Lunatic asylums Burma 1907-21 - 1907-1921
Year: 1907
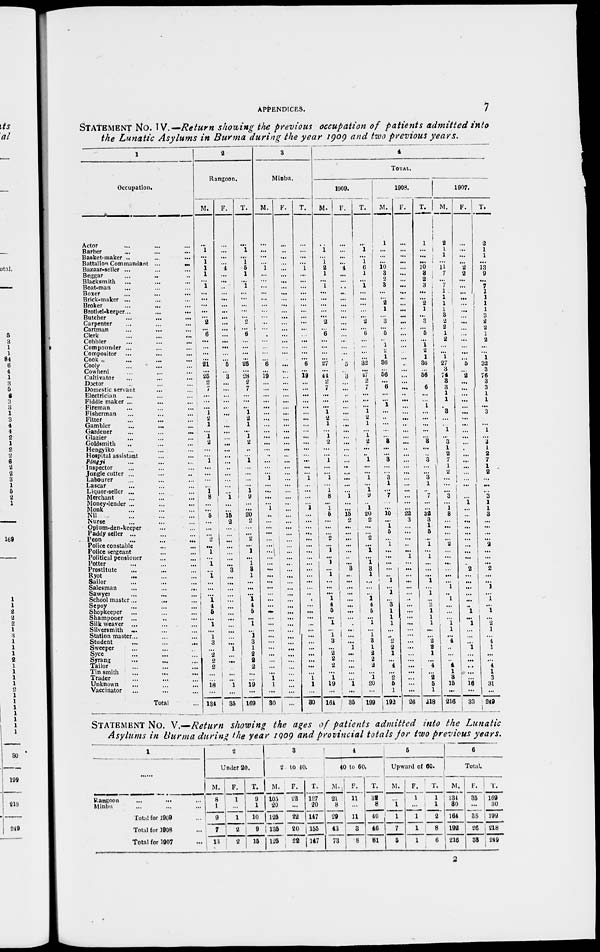
APPENDICES.
7
STATEMENT No. IV. —Return showing the previous occupation of patients admitted into
the Lunatic Asylums in Burma during the year 1909 and two previous years.
1
Occupation.
Actor ... ... ...
Barber
... ... ...
Basket-maker ... ... ...
Battalion Commandant ...
...
Bazaar-seller ... ... ...
Beggar ... ... ...
Blacksmith ... ... ...
Boat-man ... ... ...
Boxer ... ... ...
Brick-maker ... ... ...
Broker ... ... ...
Brothel-keeper...
...
...
Butcher ... ... ...
Carpenter ... ... ...
Cartman ... ... ...
Clerk ... ... ...
Cobbler ... ... ...
Compounder ... ... ...
Compositor ... ... ...
Cook ... ... ...
Cooly ... ... ...
Cowherd ... ... ...
Cultivator ... ... ...
Doctor ... ... ...
Domestic senvant ... ...
Electrician ... ... ...
Fiddle maker ... ... ...
Fireman ... ... ...
Fisherman ... ... ...
Fitter ... ... ...
Gambler
...
... ...
Gardener
...
...
...
Glazier ... ... ...
Goldsmith ... ... ...
Hengyiko ... ... ...
Hospital assistant ... ... ...
Pôngyi ... ... ...
Inspector ... ... ...
Jungle cutter ... ... ...
Labourer ... ... ...
Lascar ... ... ...
Liquor-seller ... ... ...
Merchant ... ... ...
Money-lender ... ... ...
Monk ... ... ...
Nil ... ... ...
Nurse ... ... ...
Opium-den-keeper ... ...
Paddy seller ... ... ...
Peon ... ... ...
Police constable ... ...
Police sergeant ... ...
Political pensioner ... ...
Potter ... ... ...
Prostitute ... ... ...
Ryot ... ... ...
Sailor ... ... ...
Salesman
...
...
...
Sawyer ... ... ...
School master... ... ...
Sepoy ... ... ...
Shopkeeper ... ... ...
Shampooer ... ... ...
Silk weaver ... ... ...
Silversmith
... ... ...
Station master... ... ...
Student
...
...
...
Sweeper ... ... ...
Syce ... ... ...
Syrang ... ... ...
Tailor ... ... ...
Tin smith ... ... ...
Trader ... ... ...
Unknown ... ... ...
Vaccinator
...
...
...
Total ...
2
Rangoon.
M.
...
1
...
1
1
1
...
1
...
...
...
...
...
2
...
6
...
...
...
...
21
...
25
2
7
...
...
...
1
2
1
...
1
2
...
...
1
...
...
...
...
1
8
...
...
5
...
...
...
2
...
1
...
1
...
1
...
...
...
1
4
5
...
1
...
1
3
...
2
2
2
...
...
18
...
134
F.
...
...
...
...
4
...
...
...
...
...
...
...
...
...
...
...
...
...
...
...
5
...
3
...
...
...
...
...
...
...
...
...
...
...
...
...
...
...
...
...
...
...
1
...
...
15 2
...
...
...
...
...
...
...
3
...
...
...
...
...
...
...
...
...
...
...
...
1
...
...
...
...
...
1
...
35
T.
...
1
...
1
5
1
...
1
...
...
...
...
...
2
... 6
...
...
...
...
26
...
28
2
7
...
...
...
1
2
1
...
1
2
...
...
1
...
...
...
...
1
9
...
...
20
2
...
...
2
...
1
...
1
3
1
...
...
...
1
4
5
...
1
...
1
3
1
2
2
2
...
...
19
...
169
3
Minbu.
M.
...
...
...
...
1
...
...
...
...
...
...
...
...
...
...
...
...
...
...
...
6
...
19
...
...
...
...
...
...
...
...
...
...
...
...
...
...
...
...
1
...
...
...
...
1
...
...
...
...
...
...
...
...
...
...
...
...
...
...
...
...
...
...
...
...
...
...
...
...
...
...
...
1
1
...
30
F.
...
...
...
...
...
...
...
...
...
...
...
...
...
...
...
...
...
...
...
...
...
...
...
...
...
...
...
...
...
...
...
...
...
...
...
...
...
...
...
...
...
...
...
...
...
...
...
...
...
...
...
...
...
...
...
...
...
...
...
...
...
...
...
...
...
...
...
...
...
...
...
...
...
...
...
...
T.
...
...
...
...
1
...
...
...
...
...
...
...
...
...
...
...
...
...
...
...
6
...
19
...
...
...
...
...
...
...
...
...
...
...
...
...
...
...
...
1
...
...
...
...
1
...
...
...
...
...
...
...
...
...
...
...
...
...
...
...
...
...
...
...
...
...
...
...
...
...
...
...
1
1
...
30
4
TOTAL.
1909.
M.
...
1
...
1
2
1
...
1
...
...
...
...
...
2
... 6
...
...
...
...
27
...
44
2
7
...
...
...
1
2
1
...
1
2
...
...
1
...
...
1
...
1
8
...
1
5
...
...
...
2
...
1
... 1
...
1
...
...
...
1
4
5
...
1
...
1
3
...
2
2
2
...
1
19
...
164
F.
...
...
...
...
4 ...
...
...
...
...
...
...
...
...
...
...
...
...
...
...
5
...
3
...
...
...
...
...
...
...
...
...
...
...
...
...
...
...
...
...
...
...
1
...
...
15
2
...
...
...
...
...
...
...
3
...
...
...
...
...
...
...
...
...
...
...
...
1
...
...
...
...
...
1 ...
35
T.
...
1
...
1
6
1
...
1
...
...
...
...
...
2
...
6
...
...
...
...
32
...
47
2
7
...
...
...
1
2
1
...
1
2
...
...
1
...
...
1
...
1
9
...
1
20
2
...
...
2
...
1
...
1
3
1
...
...
...
1
4
5
...
1
...
1
3
1
2
2
2
...
1
20
...
199
1908.
M.
1
...
...
...
10
3
2
3
...
...
2
1
...
3
...
5
...
1
2
1
36
...
56
...
6
...
...
1
...
...
...
...
...
3
...
...
3
...
...
3
1
...
7
...
...
10
...
1
5
...
1
...
...
...
...
...
1
...
1
...
3
1
1
1
...
...
2
2
1
...
4
...
2
5 1
192
F.
...
...
...
...
...
...
...
...
...
...
...
...
...
...
...
...
...
...
...
...
...
...
...
...
...
...
...
...
...
...
...
...
...
...
...
...
...
...
...
...
...
...
...
...
...
22
3
...
...
...
...
...
1
...
...
...
...
...
...
... ...
...
...
...
...
...
...
...
...
...
...
...
...
...
...
26
T.
1
...
...
...
10
3
2
3
...
...
2
1
...
3
...
5
...
1
2
1
36
...
56
...
6
...
...
1
...
...
...
...
...
3
...
...
3
...
...
3
1
...
7
...
...
32
3
1
5
...
1
...
1
...
...
...
1
...
1 ... 3
1
1
1
...
...
2
2
1
...
4
...
2
5 1
218
1907.
M.
2
1
1
...
11
7
...
7
1
1
1
1
3
2
2
1
2
...
...
1
27 3
74
3
3
1
1
...
3
...
...
1
...
3
1
2
7
1
2
...
...
...
3
...
1
3
...
...
...
...
2
...
...
...
...
...
...
1
...
1
...
...
...
1 1
...
4
...
...
...
4
1
3
15
...
216
F.
...
...
...
...
2
2
...
...
...
...
...
...
...
...
...
...
...
...
...
...
5
...
2
...
...
...
...
...
...
...
...
...
...
...
...
...
...
...
...
...
...
...
...
1
...
...
...
...
...
...
...
...
...
...
2
...
...
...
...
...
...
1
...
1
...
...
...
1 ...
...
...
...
...
16
...
33
T.
2
1
1
...
13
9
...
7
1
1
1
1
3
2
2
1
2
...
...
1
32
3
76
3
3
1
1
...
3
...
...
1
...
3
1
2
7
1
2
...
...
...
3
1
1
3
...
...
...
...
2
...
...
...
2
...
...
1
...
1
...
1
...
2
1
...
4 1
...
...
4
1
3
31
...
249
STATEMENT No. V.—Return showing the ages of patients admitted into the Lunatic
Asylums in Burma during the year 1909 and provincial totals for two previous years.
1
Rangoon
...
...
...
Minbu ... ... ...
Total for 1909 ...
Total for 1908 ...
Total for 1907 ...
2
Under 20.
M.
8
1
9
7
13
F.
1
...
1
2
2
T.
9
1
10
15
15
3
20 to 40.
M.
105
20
125
135
125
F.
22
...
22
20
22
T.
127
20
147
155
147
4
40 to 60.
M.
21
8
29
43
73
F.
11
...
11
3
8
T.
32
8
40
46
81
5
Upward of 60.
M.
...
1
1
7
5
F.
1
...
1
1
1
T.
1
1
2
8
6
6
Total.
M.
134
30
164
192
216
F.
35
...
35
26
38
T.
169
30
199
218
249
2